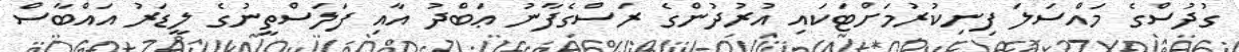
ގުދުސްގެ މައްސަލަ ފިނިކުރުމަށްޓަކައި އުރުދުންގެ ރަސްގެފާނު ޢަބްދު އާއި ފަލަސްތީނުގެ ލީޑަރު އައްބާސް